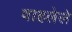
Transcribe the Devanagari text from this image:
वाहलेले